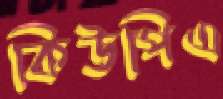
কিউপিএ